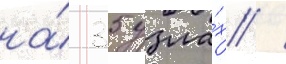
на́ 35 узла́х /